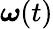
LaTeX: \boldsymbol{\omega}(t)